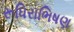
રૂધિરાભિષણ